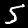
Digit: 5